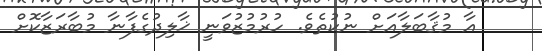
އާ މުޤާބަލާއަށް ނުކުތެވެ. ހުރުމުޒުވަނީ ޚާލިދުގެފާނާ މުބާރަޒާކޮށް